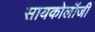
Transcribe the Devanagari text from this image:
सायकोलॉजी